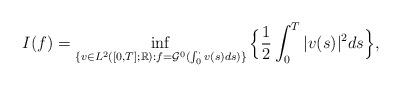
LaTeX: \begin{align*}I(f)=\inf\limits_{\{v\in L^2([0,T];\mathbb{R}):f=\mathcal{G}^0(\int_{0}^{\cdot}v(s)ds)\}}\Big\{\frac{1}{2}\int_{0}^{T}|v(s)|^2ds\Big\},\end{align*}